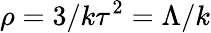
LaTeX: \rho=3/k\tau^{2}=\Lambda/k